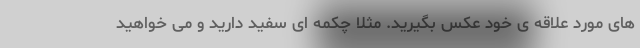
های مورد علاقه ی خود عکس بگیرید. مثلا چکمه ای سفید دارید و می خواهید